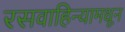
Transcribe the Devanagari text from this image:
रसवाहिन्यामधून